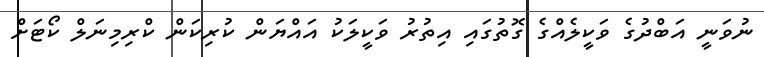
ނުވަނީ އަބްދުގެ ވަކީލެއްގެ ގޮތުގައި އިތުރު ވަކީލަކު އައްޔަން ކުރިކަން ކްރިމިނަލް ކޯޓަށް